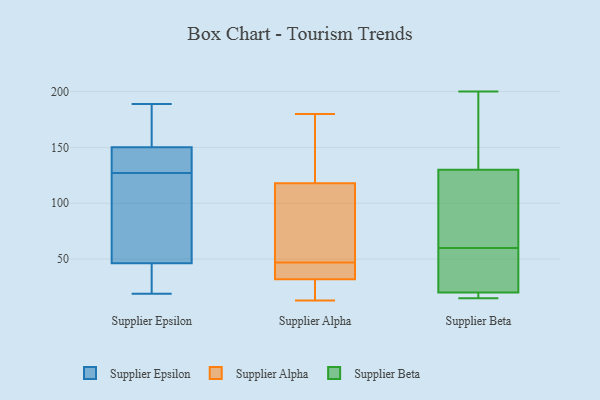
{"axis": {"x": "Customer Acquisition Cost (USD)", "y": "Value"}, "legend": ["Supplier Alpha", "Supplier Beta", "Supplier Epsilon"], "data": [{"x": "", "y": 35, "type": "Supplier Epsilon"}, {"x": "", "y": 127, "type": "Supplier Epsilon"}, {"x": "", "y": 19, "type": "Supplier Epsilon"}, {"x": "", "y": 100, "type": "Supplier Epsilon"}, {"x": "", "y": 152, "type": "Supplier Epsilon"}, {"x": "", "y": 189, "type": "Supplier Epsilon"}, {"x": "", "y": 80, "type": "Supplier Epsilon"}, {"x": "", "y": 145, "type": "Supplier Epsilon"}, {"x": "", "y": 159, "type": "Supplier Epsilon"}, {"x": "", "y": 131, "type": "Supplier Epsilon"}, {"x": "", "y": 28, "type": "Supplier Epsilon"}, {"x": "", "y": 88, "type": "Supplier Alpha"}, {"x": "", "y": 47, "type": "Supplier Alpha"}, {"x": "", "y": 38, "type": "Supplier Alpha"}, {"x": "", "y": 69, "type": "Supplier Alpha"}, {"x": "", "y": 13, "type": "Supplier Alpha"}, {"x": "", "y": 180, "type": "Supplier Alpha"}, {"x": "", "y": 23, "type": "Supplier Alpha"}, {"x": "", "y": 30, "type": "Supplier Alpha"}, {"x": "", "y": 131, "type": "Supplier Alpha"}, {"x": "", "y": 39, "type": "Supplier Alpha"}, {"x": "", "y": 128, "type": "Supplier Alpha"}, {"x": "", "y": 39, "type": "Supplier Beta"}, {"x": "", "y": 55, "type": "Supplier Beta"}, {"x": "", "y": 20, "type": "Supplier Beta"}, {"x": "", "y": 88, "type": "Supplier Beta"}, {"x": "", "y": 200, "type": "Supplier Beta"}, {"x": "", "y": 20, "type": "Supplier Beta"}, {"x": "", "y": 15, "type": "Supplier Beta"}, {"x": "", "y": 76, "type": "Supplier Beta"}, {"x": "", "y": 132, "type": "Supplier Beta"}, {"x": "", "y": 190, "type": "Supplier Beta"}, {"x": "", "y": 128, "type": "Supplier Beta"}, {"x": "", "y": 19, "type": "Supplier Beta"}, {"x": "", "y": 18, "type": "Supplier Beta"}, {"x": "", "y": 49, "type": "Supplier Beta"}, {"x": "", "y": 144, "type": "Supplier Beta"}, {"x": "", "y": 65, "type": "Supplier Beta"}]}